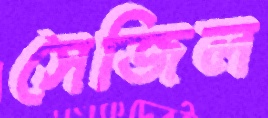
সেজিল